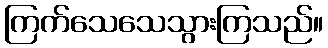
ကြက်သေသေသွားကြသည်။